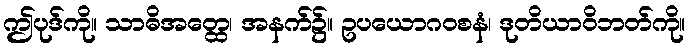
ဤပုဒ်ကို။ သာဓိအတ္ထေ၊ အနက်၌။ ဥပယောဂဝစနံ၊ ဒုတိယာဝိဘတ်ကို။